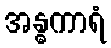
အန္ဓကာရံ